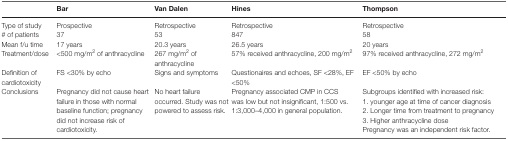
<table><thead><tr><td></td><td><b>Bar</b></td><td><b>Van Dalen</b></td><td><b>Hines</b></td><td><b>Thompson</b></td></tr></thead><tbody><tr><td>Type of study</td><td>Prospective</td><td>Retrospective</td><td>Retrospective</td><td>Retrospective</td></tr><tr><td># of patients</td><td>37</td><td>53</td><td>847</td><td>58</td></tr><tr><td>Mean f/u time</td><td>17 years</td><td>20.3 years</td><td>26.5 years</td><td>20 years</td></tr><tr><td>Treatment/dose</td><td>&lt;500 mg/m<sup>2</sup> of anthracycline</td><td>267 mg/m<sup>2</sup> of anthracycline</td><td>57% received anthracycline, 200 mg/m<sup>2</sup></td><td>97% received anthracycline, 272 mg/m<sup>2</sup></td></tr><tr><td>Definition of cardiotoxicity</td><td>FS &lt;30% by echo</td><td>Signs and symptoms</td><td>Questionaires and echoes, SF &lt;28%, EF &lt;50%</td><td>EF &lt;50% by echo</td></tr><tr><td>Conclusions</td><td>Pregnancy did not cause heart failure in those with normal baseline function; pregnancy did not increase risk of cardiotoxicity.</td><td>No heart failure occurred. Study was not powered to assess risk.</td><td>Pregnancy associated CMP in CCS was low but not insignificant, 1:500 vs. 1:3,000–4,000 in general population.</td><td>Subgroups identified with increased risk:1. younger age at time of cancer diagnosis2. Longer time from treatment to pregnancy3. Higher anthracycline dosePregnancy was an independent risk factor.</td></tr></tbody></table>